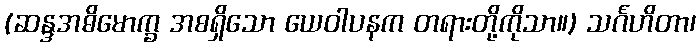
(ဆန္ဒအဓိမောက္ခ အစရှိသော ယေဝါပနက တရားတို့ကိုသာ။) သင်္ဂဟိတာ၊